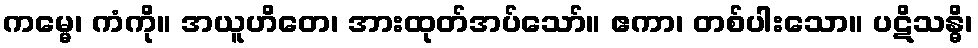
ကမ္မေ၊ ကံကို။ အယူဟိတေ၊ အားထုတ်အပ်သော်။ ဧကာ၊ တစ်ပါးသော။ ပဋိသန္ဓိ၊